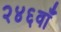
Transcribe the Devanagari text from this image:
२४६वाँ